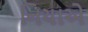
નિયાએ